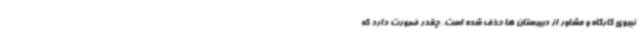
نیروی کارگاه و مشاور از دبیرستان ها حذف شده است. چقدر ضرورت دارد که